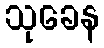
သုခေန